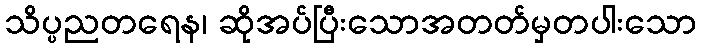
သိပ္ပညတရေန၊ ဆိုအပ်ပြီးသောအတတ်မှတပါးသော